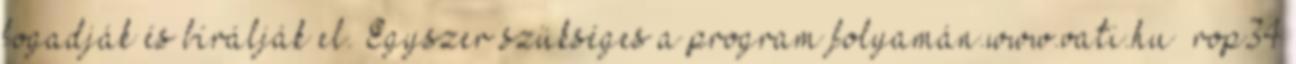
fogadják és bírálják el. Egyszer szükséges a program folyamán.www.vati.hu rop34